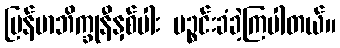
မြန်မာဘိက္ခုနီနှစ်ပါး ပဉ္စင်းခံခဲ့ကြပါတယ်။